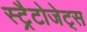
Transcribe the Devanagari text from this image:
स्ट्रैटोजेट्स